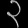
Digit: ၃